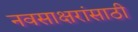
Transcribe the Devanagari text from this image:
नवसाक्षरांसाठी